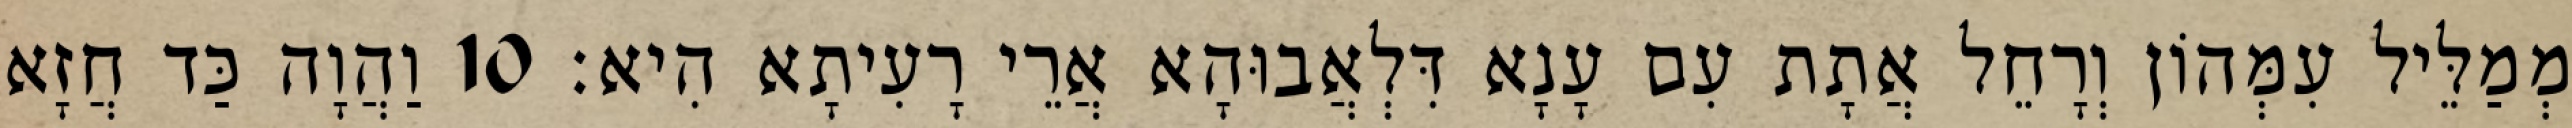
מְמַלֵּיל עִמְּהוֹן וְרָחֵל אֲתָת עִם עָנָא דִּלְאֲבוּהָא אֲרֵי רָעִיתָא הִיא׃ 10 וַהֲוָה כַּד חֲזָא